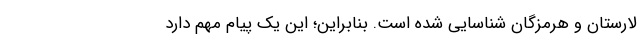
لارستان و هرمزگان شناسایی شده است. بنابراین؛ این یک پیام مهم دارد